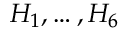
H _ { 1 } , \dots , H _ { 6 }